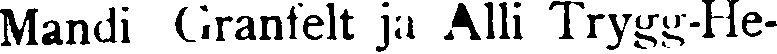
Mandi Granfelt ja alli Trygg-He-